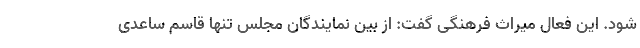
شود. این فعال میراث فرهنگی گفت: از بین نمایندگان مجلس تنها قاسم ساعدی